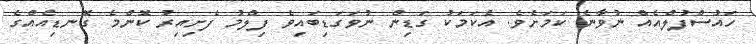
ހައުސްފުލްއެއް ނުވާނެ ކަމަށެވެ. އެކަމަކު ގަޑިން ނުވަގަޑިބައިވެ ފިލްމު ފެށިއިރު ކޮންމެ ގޮނޑިއެއްގެ